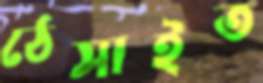
ঠেসাইত